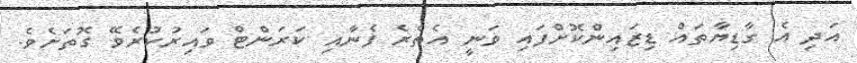
އަދި އެ ގާޑިޔާތައް ޑިޒައިންކޮށްފައި ވަނީ އެތެރެ ފެނާއި ކަރަންޓް ވައިރުކުރެވޭ ގޮތަށެވެ.